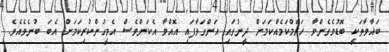
ބަޣާވާތަކީ ބޮޑުވެގެންވާ ހަރާމްކަމެއްކަމަށް ދީނުގައި އަންގަވާފައި އޮއްވާ އެކަންވެސް އެމީހުންކުރިކަމަށް އެބަ ބުނެވެއެވެ.